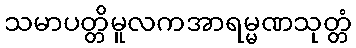
သမာပတ္တိမူလကအာရမ္မဏသုတ္တံ